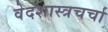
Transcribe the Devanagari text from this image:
वेदशास्त्रचर्चा